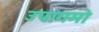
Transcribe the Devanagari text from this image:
उपागमो